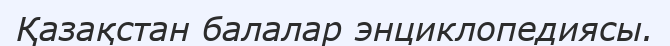
Қазақстан балалар энциклопедиясы.